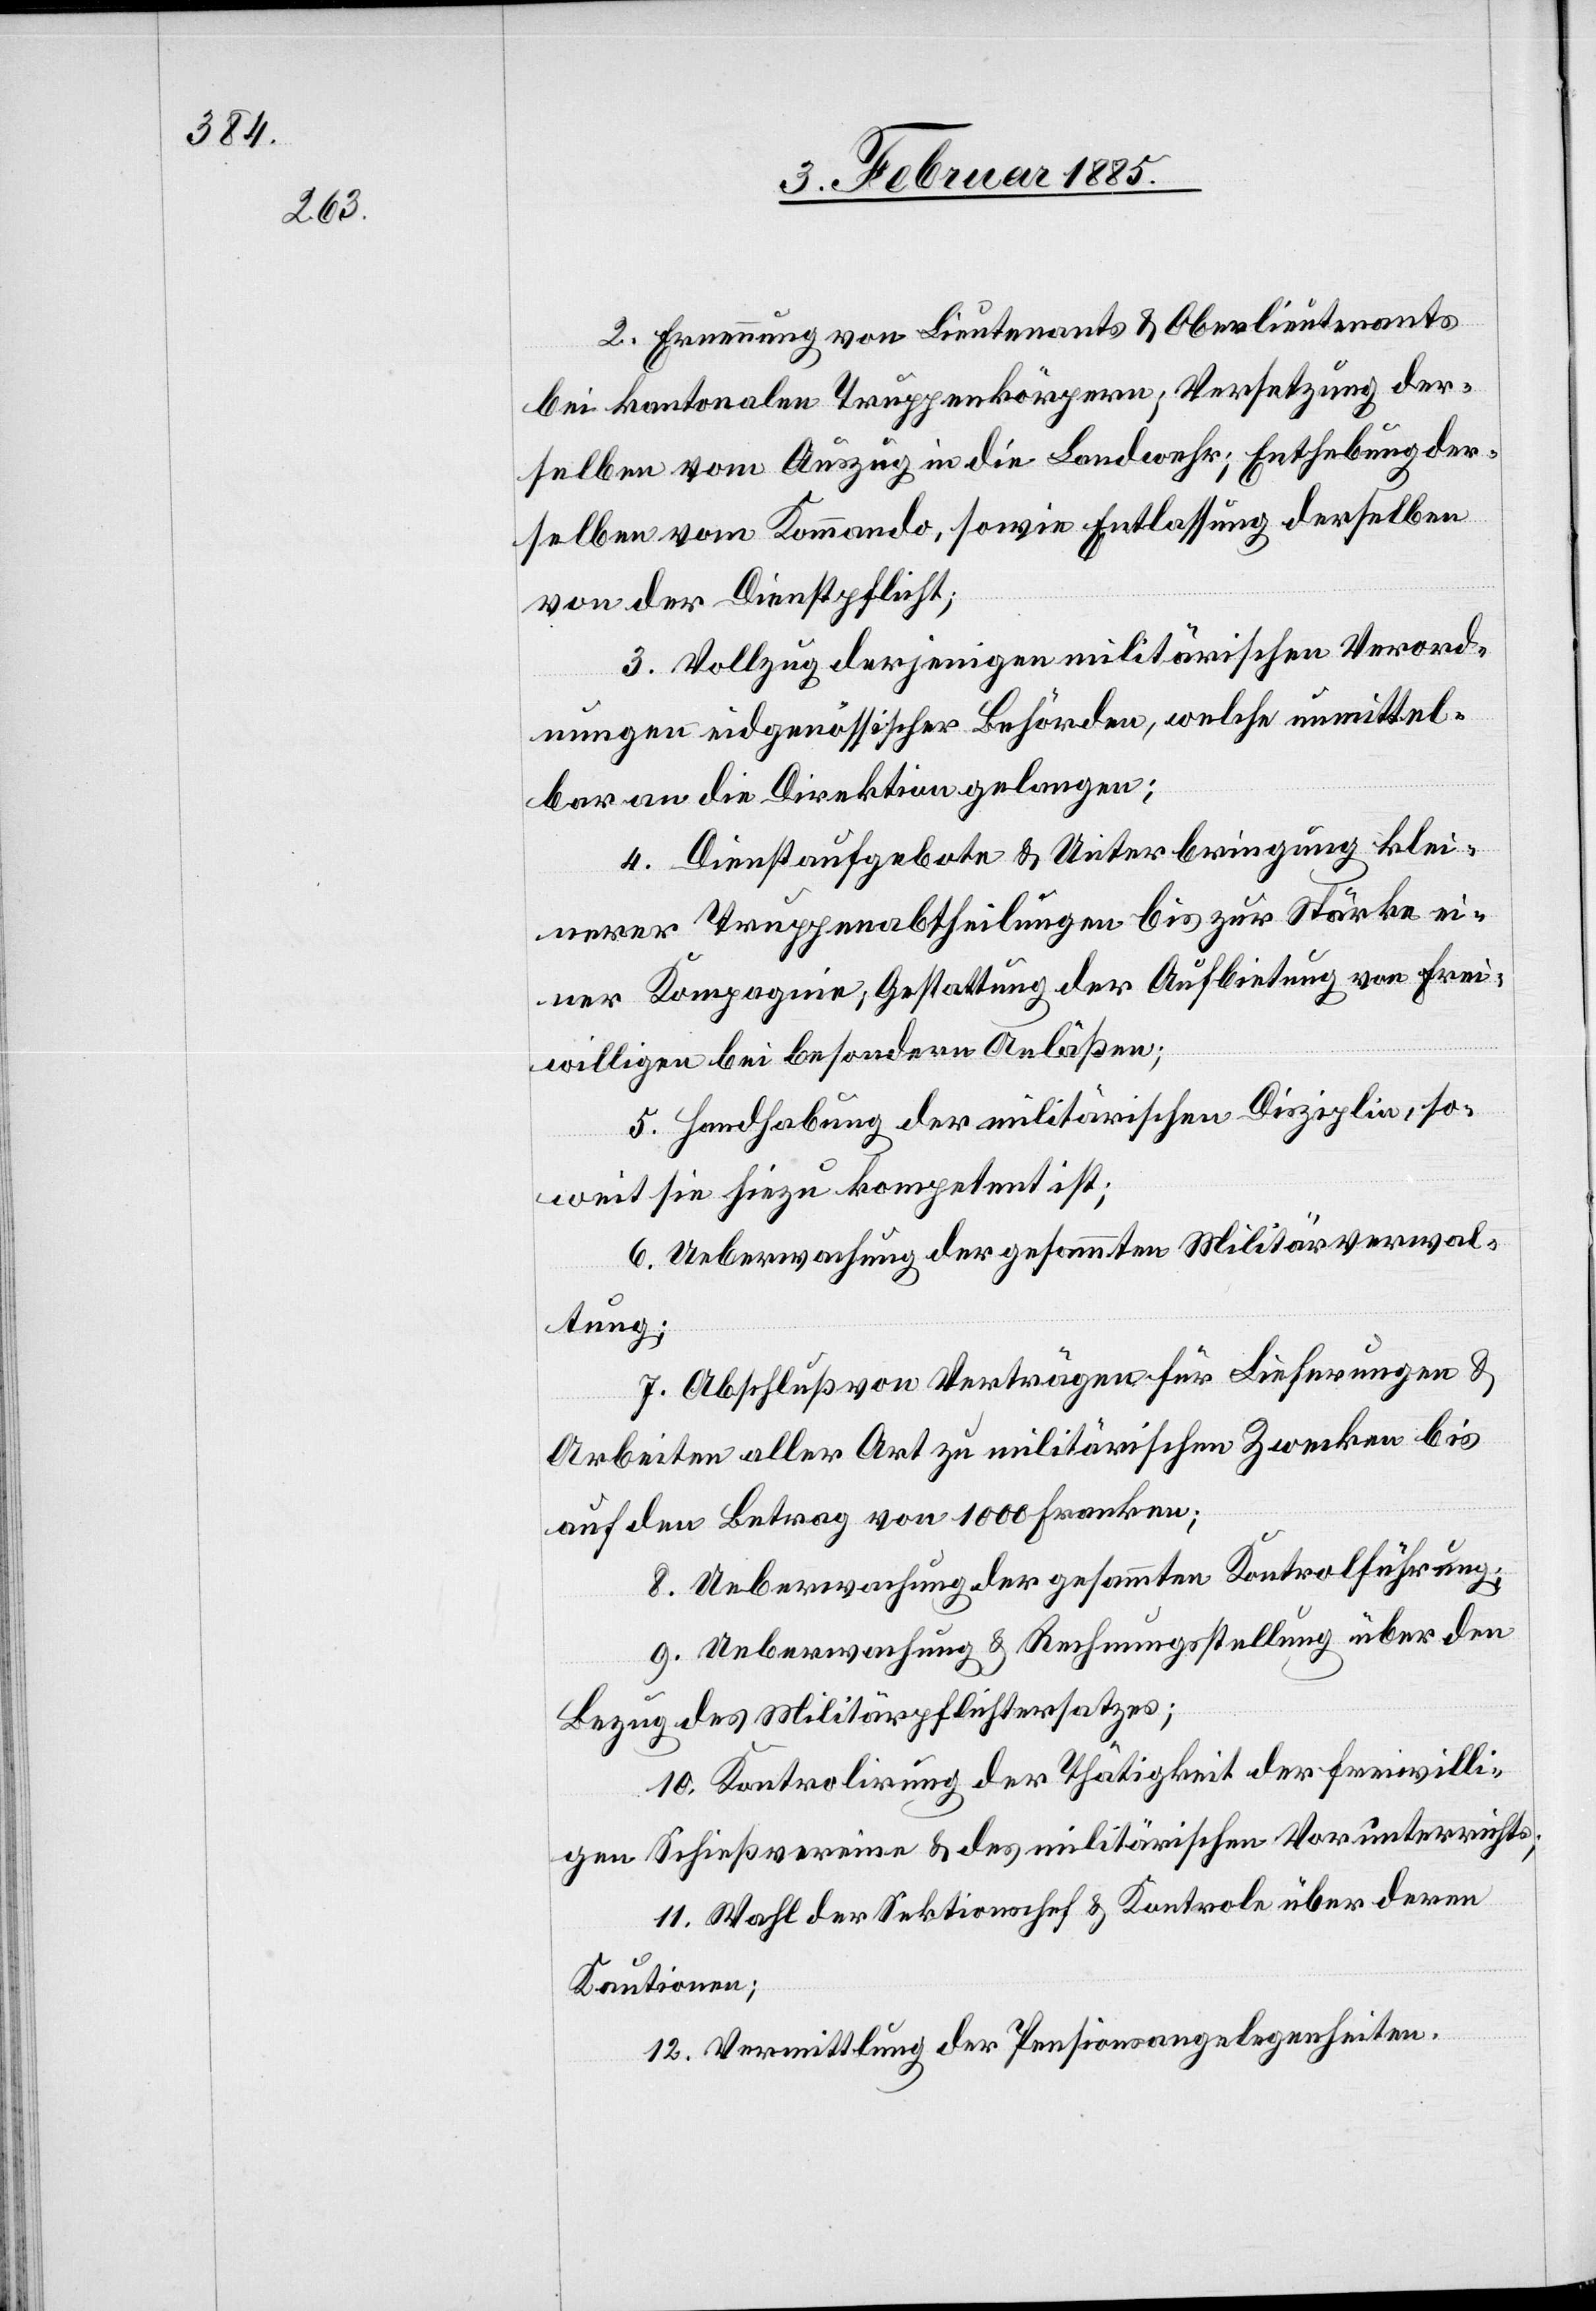
2. Ernennung von Lieutenants & Oberlieutenants
bei kantonalen Truppenkörpern; Versetzung der¬
selben vom Auszug in die Landwehr; Enthebung der¬
selben vom Kommando, sowie Entlassung derselben
von der Dienstpflicht;
3. Vollzug derjenigen militärischen Verord¬
nungen eidgenössischer Behörden, welche unmittel¬
bar an die Direktion gelangen;
4. Dienstaufgebote & Unterbringung klei¬
nerer Truppenabtheilungen bis zur Stärke ei¬
ner Kompagnie; Gestattung der Aufbietung von Frei¬
willigen bei besonderen Anläßen;
5. Handhabung der militärischen Disziplin, so¬
weit sie hinzu kompetent ist;
6. Ueberwachung der gesammten Militärverwal¬
tung;
7. Abschluß von Verträgen für Lieferungen &
Arbeiten aller Art zu militärischen Zwecken bis
auf den Betrag von 1000 Franken;
8. Ueberwachung der gesammten Kontrolführung;
9. Ueberwachung & Rechnungsstellung über den
Bezug des Militärpflichtersatzes;
10. Kontrolirung der Thätigkeit der freiwilli¬
gen Schießvereine & des militärischen Vorunterrichts;
11. Wahl der Sektionschef & Kontrole über deren
Kautionen;
12. Vermittlung der Pensionsangelegenheiten.